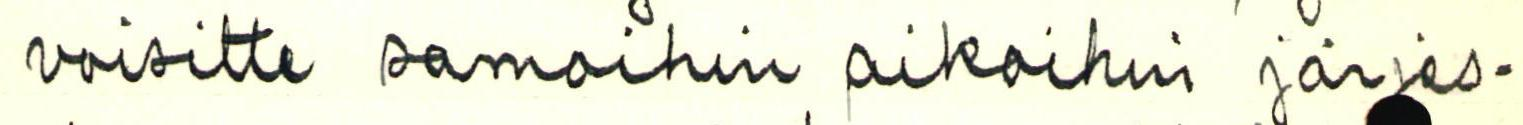
voisitte samoihin aikoihin järjes-